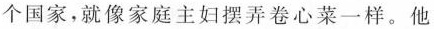
个国家，就像家庭主妇摆弄卷心菜一样。他